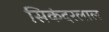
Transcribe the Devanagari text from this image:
सिकंदरलाल